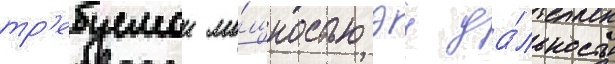
тр'ебуемои мо́щностью эу да́льность